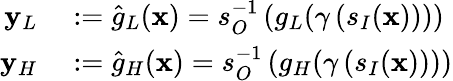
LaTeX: \begin{array}{rl}{\mathbf{y}_{L}}&{{}:=\widehat{g}_{L}(\mathbf{x})=s_{O}^{-1}\left(g_{L}(\gamma\left(s_{I}(\mathbf{x})\right))\right)}\\ {\mathbf{y}_{H}}&{{}:=\widehat{g}_{H}(\mathbf{x})=s_{O}^{-1}\left(g_{H}(\gamma\left(s_{I}(\mathbf{x})\right))\right)}\end{array}